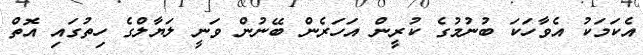
އެކަމަކު އެވާހަކަ ބުނުމުގެ ކުރީން އަހަރެން ބޭނުން ވަނީ ލަޔާލްގެ ހިތުގައި އޮތް